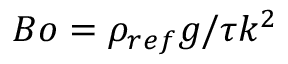
B o = \rho _ { r e f } g / \tau k ^ { 2 }